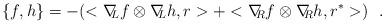
LaTeX: \begin{align*}\{ f,h\} =-(<\nabla \! \! _{L}f\otimes\nabla \! \! _{L}h,r>+<\nabla \! \! _{R}f\otimes \nabla \! \! _{R}h,r^{*}>)\ \ .\end{align*}